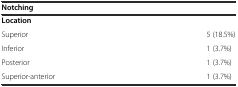
<table><thead><tr><td><b>Notching</b></td><td></td></tr></thead><tbody><tr><td><b>Location</b></td><td></td></tr><tr><td>Superior</td><td>5 (18.5%)</td></tr><tr><td>Inferior</td><td>1 (3.7%)</td></tr><tr><td>Posterior</td><td>1 (3.7%)</td></tr><tr><td>Superior-anterior</td><td>1 (3.7%)</td></tr></tbody></table>